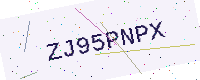
Text: ZJ95PNPX